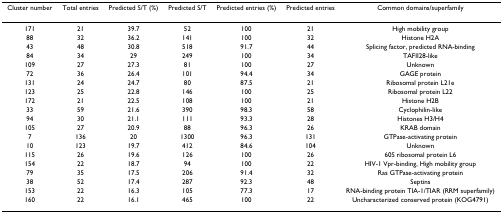
<table><thead><tr><td><b>Cluster number</b></td><td><b>Total entries</b></td><td><b>Predicted S/T (%)</b></td><td><b>Predicted S/T</b></td><td><b>Predicted entries (%)</b></td><td><b>Predicted entries</b></td><td><b>Common domains/superfamily</b></td></tr></thead><tbody><tr><td>171</td><td>21</td><td>39.7</td><td>52</td><td>100</td><td>21</td><td>High mobility group</td></tr><tr><td>88</td><td>32</td><td>36.2</td><td>141</td><td>100</td><td>32</td><td>Histone H2A</td></tr><tr><td>43</td><td>48</td><td>30.8</td><td>518</td><td>91.7</td><td>44</td><td>Splicing factor, predicted RNA-binding</td></tr><tr><td>84</td><td>34</td><td>29</td><td>249</td><td>100</td><td>34</td><td>TAFII28-like</td></tr><tr><td>109</td><td>27</td><td>27.3</td><td>81</td><td>100</td><td>27</td><td>Unknown</td></tr><tr><td>72</td><td>36</td><td>26.4</td><td>101</td><td>94.4</td><td>34</td><td>GAGE protein</td></tr><tr><td>131</td><td>24</td><td>24.7</td><td>80</td><td>87.5</td><td>21</td><td>Ribosomal protein L21e</td></tr><tr><td>123</td><td>25</td><td>22.8</td><td>146</td><td>100</td><td>25</td><td>Ribosomal protein L22</td></tr><tr><td>172</td><td>21</td><td>22.5</td><td>108</td><td>100</td><td>21</td><td>Histone H2B</td></tr><tr><td>33</td><td>59</td><td>21.6</td><td>390</td><td>98.3</td><td>58</td><td>Cyclophilin-like</td></tr><tr><td>94</td><td>30</td><td>21.1</td><td>111</td><td>93.3</td><td>28</td><td>Histones H3/H4</td></tr><tr><td>105</td><td>27</td><td>20.9</td><td>88</td><td>96.3</td><td>26</td><td>KRAB domain</td></tr><tr><td>7</td><td>136</td><td>20</td><td>1300</td><td>96.3</td><td>131</td><td>GTPase-activating protein</td></tr><tr><td>10</td><td>123</td><td>19.7</td><td>412</td><td>84.6</td><td>104</td><td>Unknown</td></tr><tr><td>115</td><td>26</td><td>19.6</td><td>126</td><td>100</td><td>26</td><td>60S ribosomal protein L6</td></tr><tr><td>154</td><td>22</td><td>18.7</td><td>94</td><td>100</td><td>22</td><td>HIV-1 Vpr-binding, High mobility group</td></tr><tr><td>79</td><td>35</td><td>17.5</td><td>206</td><td>91.4</td><td>32</td><td>Ras GTPase-activating protein</td></tr><tr><td>38</td><td>52</td><td>17.4</td><td>287</td><td>92.3</td><td>48</td><td>Septins</td></tr><tr><td>153</td><td>22</td><td>16.3</td><td>105</td><td>77.3</td><td>17</td><td>RNA-binding protein TIA-1/TIAR (RRM superfamily)</td></tr><tr><td>160</td><td>22</td><td>16.1</td><td>465</td><td>100</td><td>22</td><td>Uncharacterized conserved protein (KOG4791)</td></tr></tbody></table>